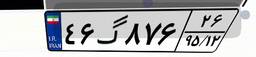
۳۴گ۳۱۹۱۱